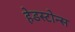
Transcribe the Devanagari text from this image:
हेडस्टोन्स